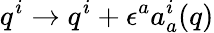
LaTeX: q^{i}\rightarrow q^{i}+\epsilon^{a}a_{a}^{i}(q)